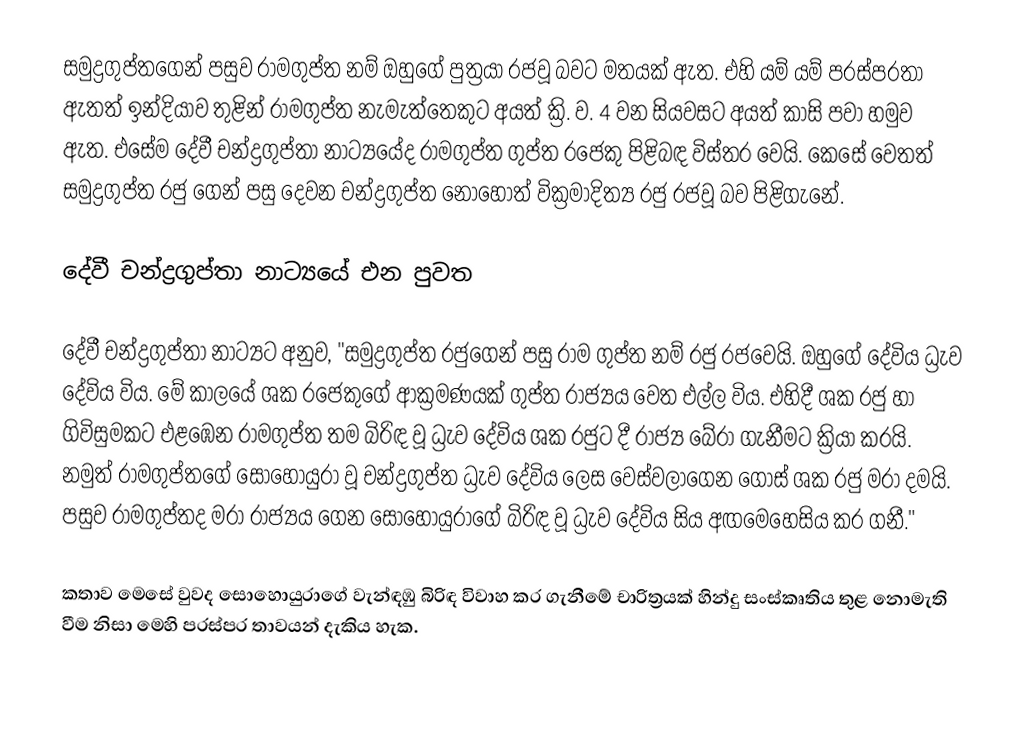
සමුද්‍රගුප්තගෙන් පසුව  රාමගුප්ත නම් ඔහුගේ පුත්‍රයා රජවූ බවට මතයක් ඇත. එහි යම් යම් පරස්පරතා ඇතත් ඉන්දියාව තුළින් රාමගුප්ත නැමැත්තෙකුට අයත් ක්‍රි. ව. 4 වන සියවසට අයත් කාසි පවා හමුව ඇත. එසේම දේවී චන්ද්‍රගුප්තා නාට්‍යයේද රාමගුප්ත ගුප්ත රජෙකු පිළිබඳ විස්තර වෙයි. කෙසේ වෙතත් සමුද්‍රගුප්ත රජු ගෙන් පසු දෙවන චන්ද්‍රගුප්ත නොහොත් වික්‍රමාදිත්‍ය රජු රජවූ බව පිළිගැනේ.

දේවී චන්ද්‍රගුප්තා නාට්‍යයේ එන පුවත

දේවී චන්ද්‍රගුප්තා නාට්‍යට අනුව, "සමුද්‍රගුප්ත රජුගෙන් පසු රාම ගුප්ත නම් රජු රජවෙයි. ඔහුගේ දේවිය ධ්‍රැව දේවිය විය. මේ කාලයේ ශක රජෙකුගේ ආක්‍රමණයක් ගුප්ත රාජ්‍යය වෙත එල්ල විය. එහිදී ශක රජු හා ගිවිසුමකට එළඹෙන රාමගුප්ත තම බිරිඳ වූ ධ්‍රැව දේවිය ශක රජුට දී රාජ්‍ය බේරා ගැනීමට ක්‍රියා කරයි. නමුත් රාමගුප්තගේ සොහොයුරා වූ චන්ද්‍රගුප්ත ධ්‍රැව දේවිය ලෙස වෙස්වලාගෙන ගොස් ශක රජු මරා දමයි. පසුව රාමගුප්තද මරා රාජ්‍යය ගෙන සොහොයුරාගේ බිරිඳ වූ ධ්‍රැව දේවිය සිය අඟමෙහෙසිය කර ගනී."

    කතාව මෙසේ වුවද සොහොයුරාගේ වැන්ඳඹු බිරිඳ විවාහ කර ගැනීමේ චාරිත්‍රයක් හින්දු සංස්කෘතිය තුළ නොමැති වීම නිසා මෙහි පරස්පර තාවයන් දැකිය හැක.